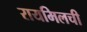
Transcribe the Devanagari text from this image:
रायमिलची